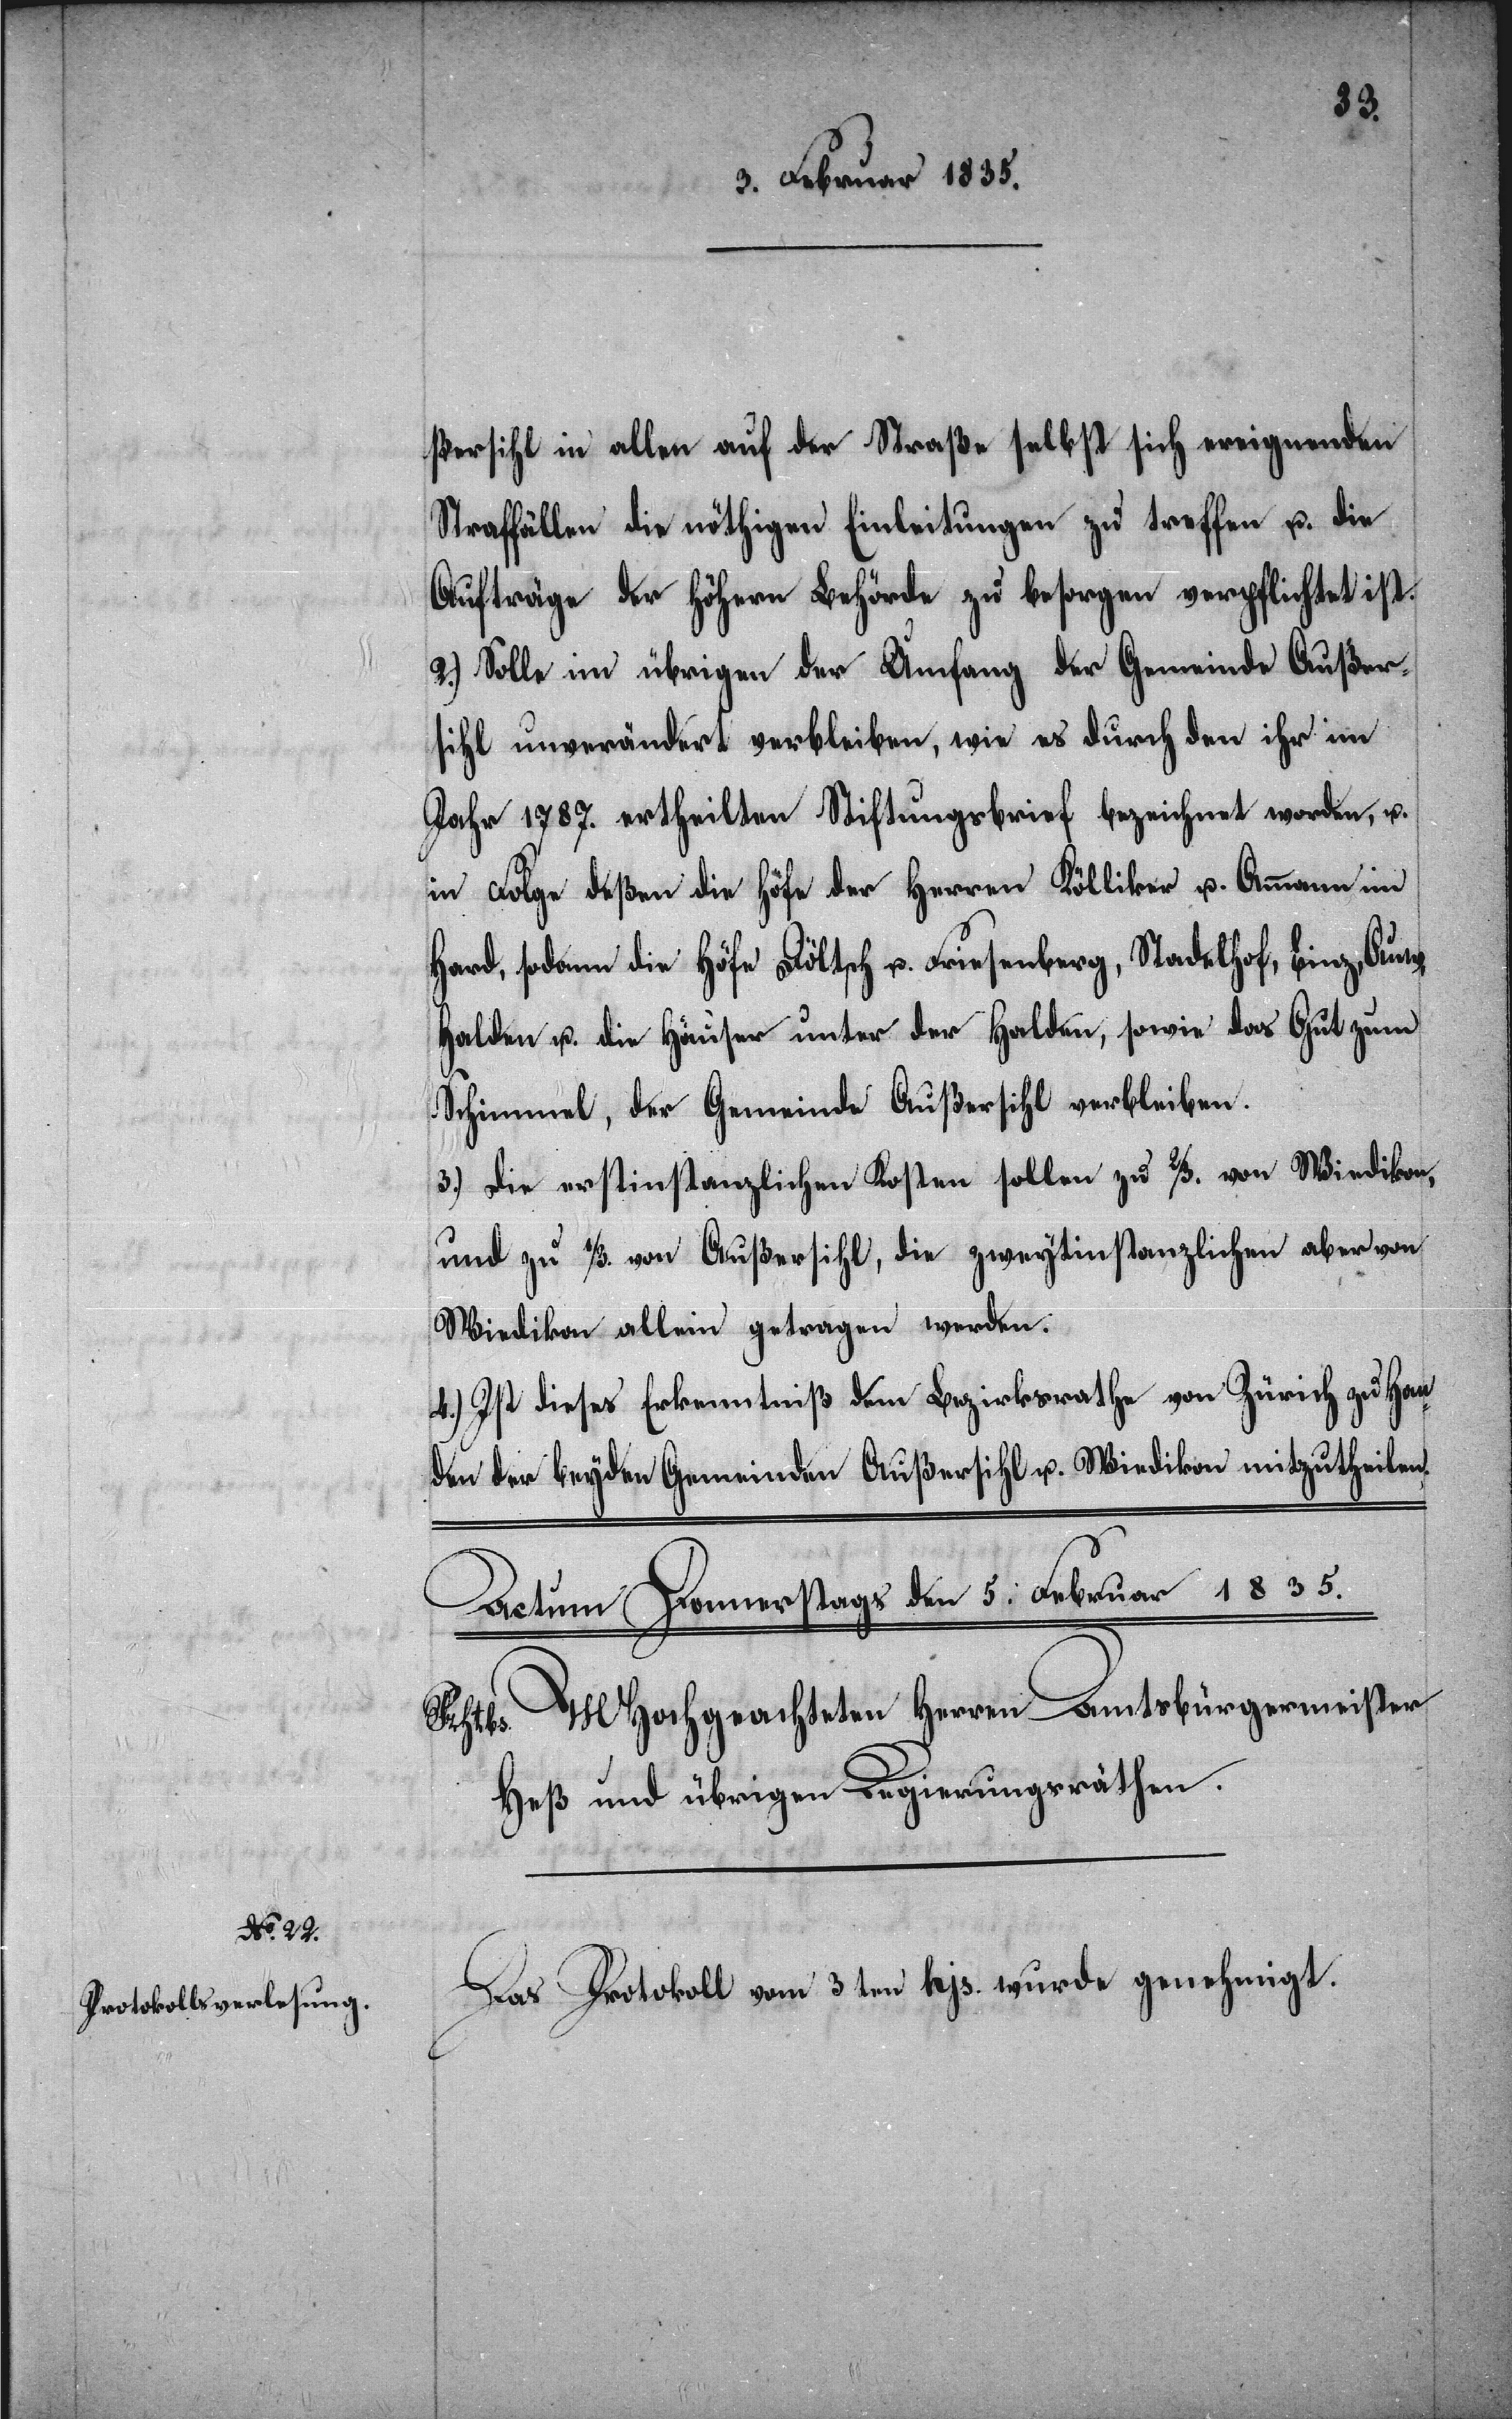
ßersihl in allen auf der Straße selbst sich ereignenden
Straffällen die nöthigen Einleitungen zu treffen u. die
Aufträge der höhern Behörde zu besorgen verpflichtet ist.
2.) Solle im übrigen der Umfang der Gemeinde Außer¬
sihl unverändert verbleiben, wie es durch den ihr im
Jahr 1787. ertheilten Stiftungsbrief bezeichnet worden, u.
in Folge deßen die Höfe der Herren Kölliker u. Ammann im
Hard, sodann die Höfe Döltsch u. Friesenberg, Stadelhof, Binz, Auw,
Halden u. die Häuser unter der Halden, sowie das Gut zum
Schimmel, der Gemeinde Außersihl verbleiben.
3.) Die erstinstanzlichen Kosten sollen zu 2/3 von Wiedikon,
und zu 1/3 von Außersihl, die zweytinstanzlichen aber von
Wiedikon allein getragen werden.
4.) Ist dieses Erkenntniß dem Bezirksrathe von Zürich zu Han¬
den der beyden Gemeinden Außersihl u. Wiedikon mitzutheilen.
Das Protokoll vom 3ten hjs. wurde genehmigt.